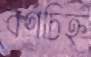
বর্ণচিহ্ন